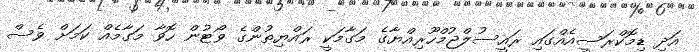
އަދި ޑިމޮކްރަސީއެއްގައި ރައީސުލްޖުމްހޫރިއްޔާގެ މަގާމަކީ ރައްޔިތުންގެ ވޯޓުން ހޮވާ މަގާމެއް ކަމަށް ވެސް